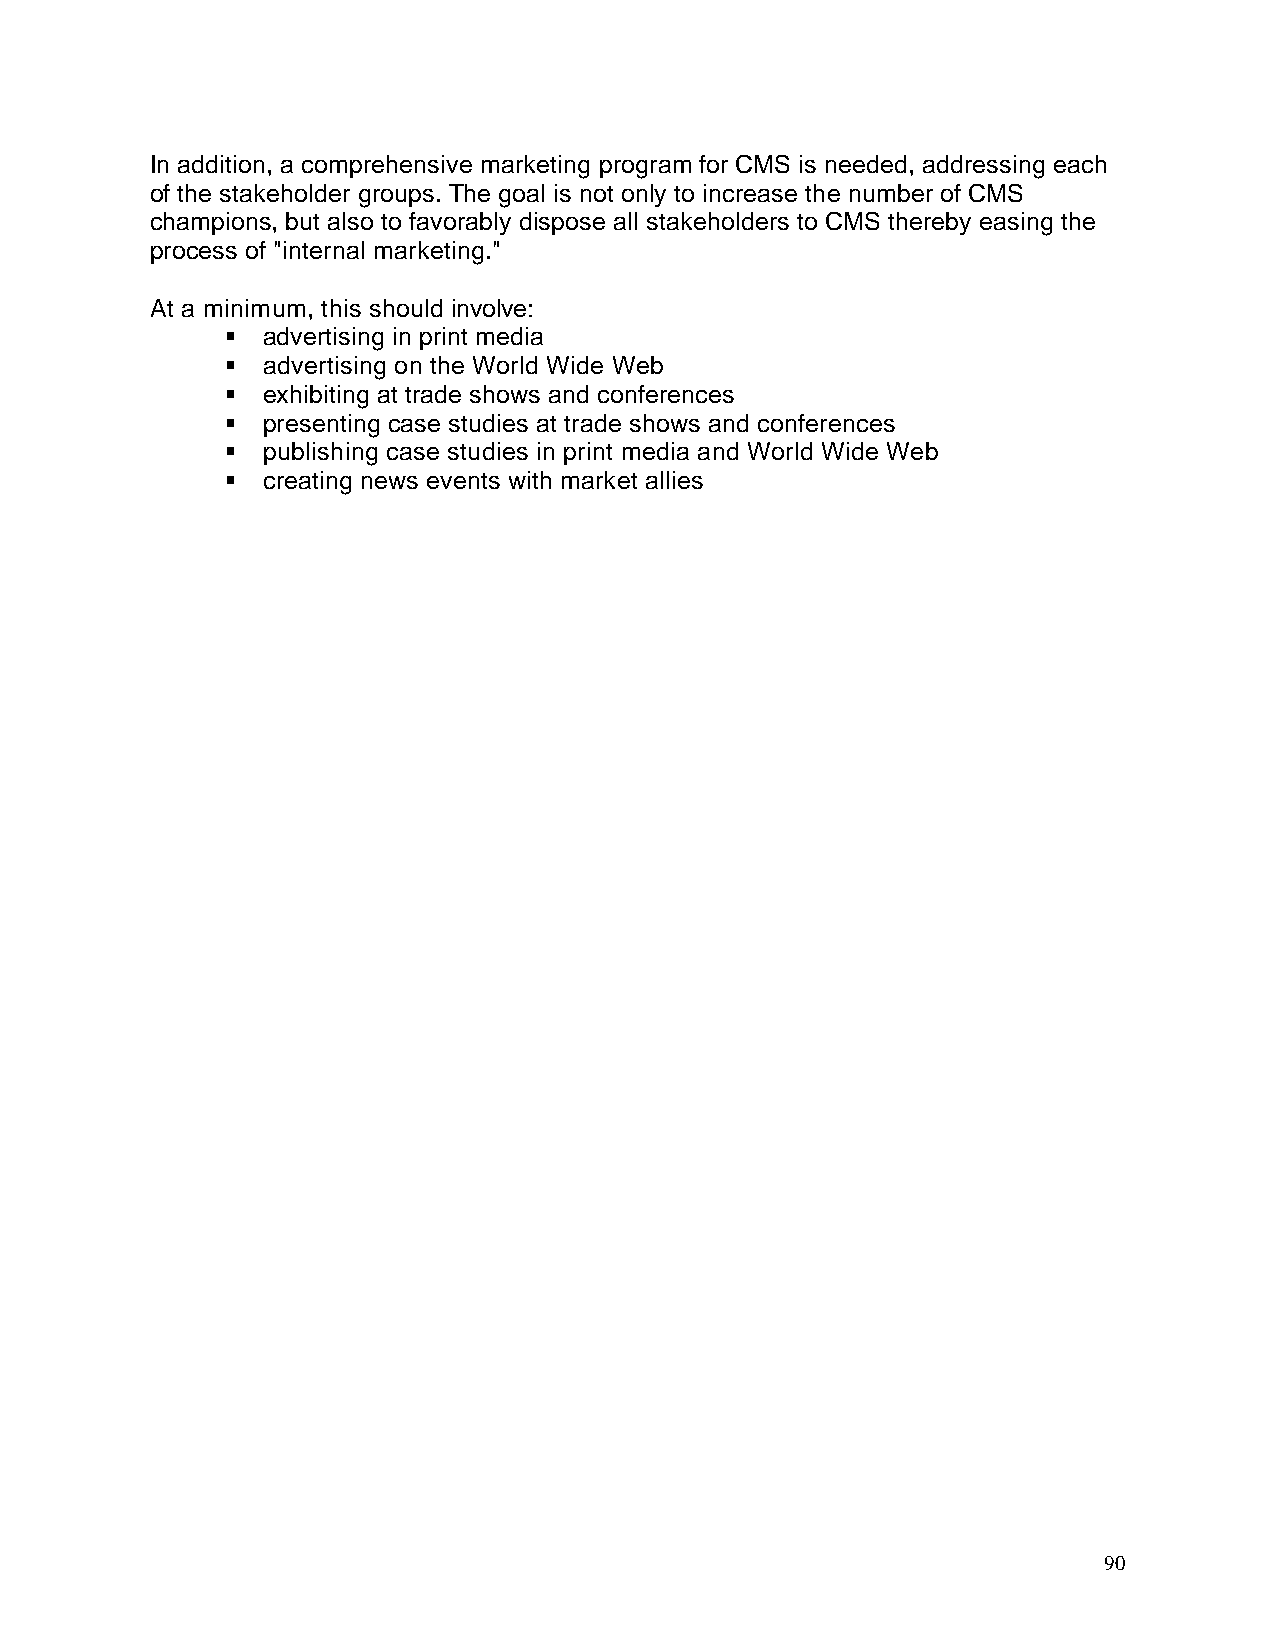
In addition, a comprehensive marketing program for CMS is needed, addressing each
 of the stakeholder groups. The goal is not only to increase the number of CMS
 champions, but also to favorably dispose all stakeholders to CMS thereby easing the
 process of "internal marketing."
 At a minimum, this should involve:
 § advertising in print media
 § advertising on the World Wide Web
 § exhibiting at trade shows and conferences
 § presenting case studies at trade shows and conferences
 § publishing case studies in print media and World Wide Web
 § creating news events with market allies
 90